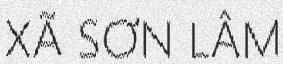
XÃ SƠN LÂM